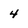
Character: 4